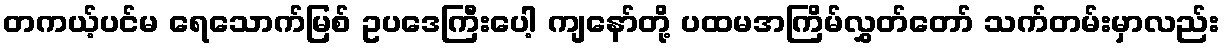
တကယ့်ပင်မ ရေသောက်မြစ် ဥပဒေကြီးပေါ့ ကျနော်တို့ ပထမအကြိမ်လွှတ်တော် သက်တမ်းမှာလည်း